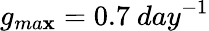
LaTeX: g_{ma\mathbf{x}}=0.7~day^{-1}